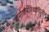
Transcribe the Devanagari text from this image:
धर्माधर्मविधायिनीम्